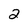
Character: 2